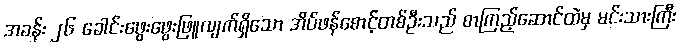
အခန်း ၂၆ ခေါင်းဖွေးဖွေးဖြူလျက်ရှိသော အိပ်ဖန်စောင့်တစ်ဦးသည် စာကြည့်ဆောင်ထဲမှ မင်းသားကြီး